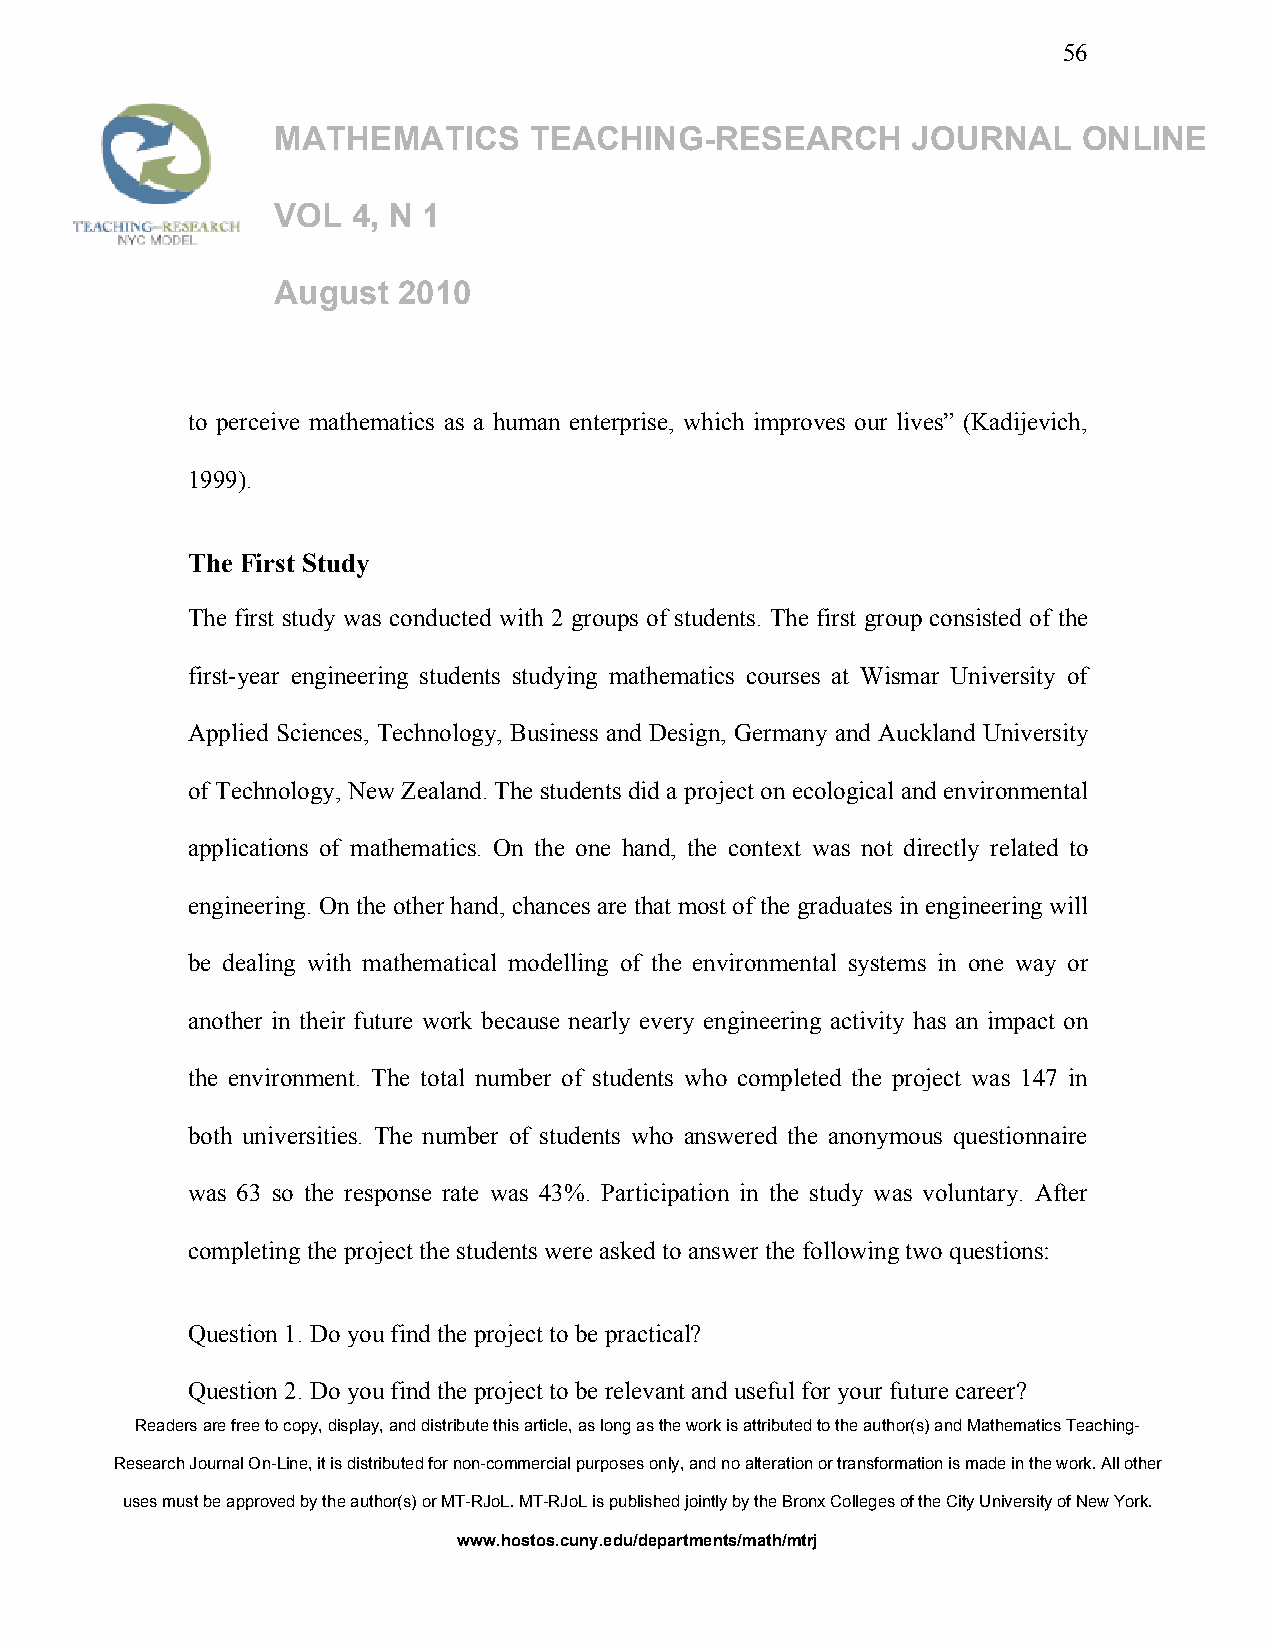
56
 MATHEMATICS      TEACHING-RESEARCH        JOURNAL     ONLINE
 VOL  4, N 1
 August  2010
 to perceive mathematics as a human enterprise, which improves our lives” (Kadijevich,
 1999).
 The First Study
 The first study was conducted with 2 groups of students. The first group consisted of the
 first-year engineering students studying mathematics courses at Wismar University of
 Applied Sciences, Technology, Business and Design, Germany and Auckland University
 of Technology, New Zealand. The students did a project on ecological and environmental
 applications of mathematics. On the one hand, the context was not directly related to
 engineering. On the other hand, chances are that most of the graduates in engineering will
 be dealing with mathematical modelling of the environmental systems in one way or
 another in their future work because nearly every engineering activity has an impact on
 the environment. The total number of students who completed the project was 147 in
 both universities. The number of students who answered the anonymous questionnaire
 was 63 so the response rate was 43%. Participation in the study was voluntary. After
 completing the project the students were asked to answer the following two questions:
 Question 1. Do you find the project to be practical?
 Question 2. Do you find the project to be relevant and useful for your future career?
 Readers are free to copy, display, and distribute this article, as long as the work is attributed to the author(s) and Mathematics Teaching-
 Research Journal On-Line, it is distributed for non-commercial purposes only, and no alteration or transformation is made in the work. All other
 uses must be approved by the author(s) or MT-RJoL. MT-RJoL is published jointly by the Bronx Colleges of the City University of New York.
 www.hostos.cuny.edu/departments/math/mtrj